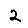
Digit: 2